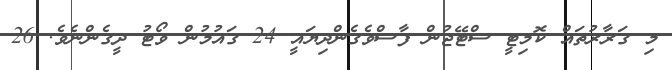
މި ގަރާރުތައް ކޮމިޓީ ސްޓޭޖުން ފާސްވެގެންދިޔައީ 24 ގައުމުން ވޯޓު ދީގެންނެވެ. 26